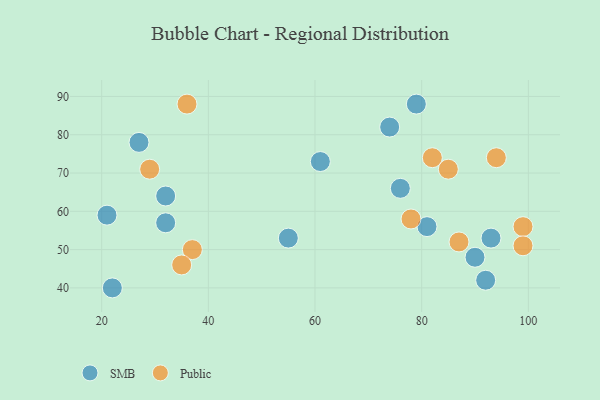
{"axis": {"x": "GDP", "y": "Life Expectancy"}, "legend": ["Public", "SMB"], "data": [{"x": "76", "y": 66, "type": "SMB"}, {"x": "32", "y": 57, "type": "SMB"}, {"x": "21", "y": 59, "type": "SMB"}, {"x": "22", "y": 40, "type": "SMB"}, {"x": "74", "y": 82, "type": "SMB"}, {"x": "90", "y": 48, "type": "SMB"}, {"x": "32", "y": 64, "type": "SMB"}, {"x": "61", "y": 73, "type": "SMB"}, {"x": "79", "y": 88, "type": "SMB"}, {"x": "55", "y": 53, "type": "SMB"}, {"x": "92", "y": 42, "type": "SMB"}, {"x": "81", "y": 56, "type": "SMB"}, {"x": "93", "y": 53, "type": "SMB"}, {"x": "27", "y": 78, "type": "SMB"}, {"x": "82", "y": 74, "type": "Public"}, {"x": "99", "y": 56, "type": "Public"}, {"x": "37", "y": 50, "type": "Public"}, {"x": "35", "y": 46, "type": "Public"}, {"x": "36", "y": 88, "type": "Public"}, {"x": "87", "y": 52, "type": "Public"}, {"x": "94", "y": 74, "type": "Public"}, {"x": "85", "y": 71, "type": "Public"}, {"x": "29", "y": 71, "type": "Public"}, {"x": "78", "y": 58, "type": "Public"}, {"x": "99", "y": 51, "type": "Public"}]}